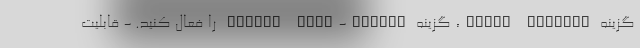
گزینه Clear History، گزینه Enable Auto-Delete را فعال کنید. - قابلیت